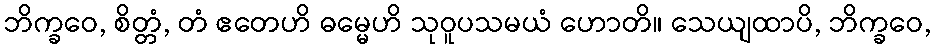
ဘိက္ခဝေ, စိတ္တံ, တံ ဧတေဟိ ဓမ္မေဟိ သုဝူပသမယံ ဟောတိ။ သေယျထာပိ, ဘိက္ခဝေ,